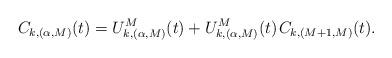
LaTeX: \begin{align*}C_{k,(\alpha,M)}(t) = U^M_{k,(\alpha,M)}(t) + U^M_{k,(\alpha,M)}(t) \kern+1pt C_{k,(M+1,M)}(t).\end{align*}